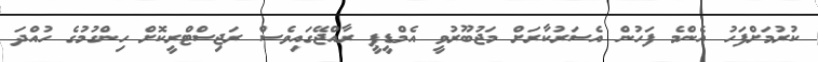
ކުރުމަށްފަހު އެންމެ ފަހުން އެސަރުކާރަށް މަޖުބޫރުވީ އެމްޑީޕީ ރާއްޖޭގައިވެސް ރަޖިސްޓްރީކޮށް ހިންގުމުގެ ހުއްދަ